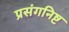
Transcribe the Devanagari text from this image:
प्रसंगनिष्ट